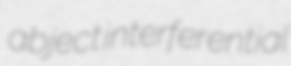
abject interferential